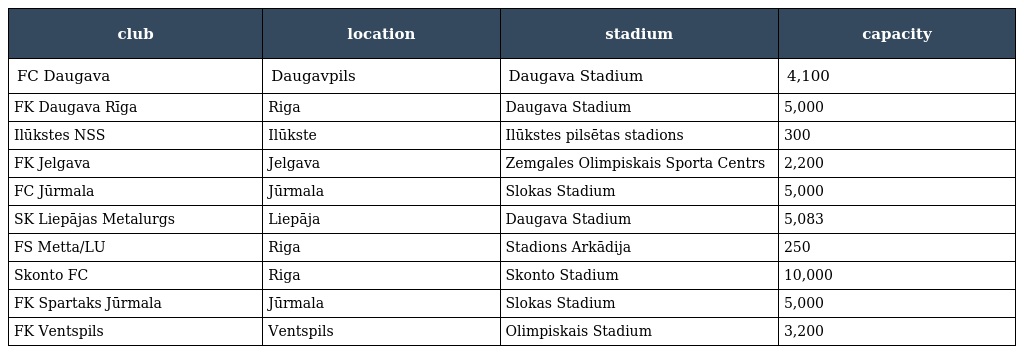
| club | location | stadium | capacity |
 | --- | --- | --- | --- |
 | FC Daugava | Daugavpils | Daugava Stadium | 4,100 |
 | FK Daugava Rīga | Riga | Daugava Stadium | 5,000 |
 | Ilūkstes NSS | Ilūkste | Ilūkstes pilsētas stadions | 300 |
 | FK Jelgava | Jelgava | Zemgales Olimpiskais Sporta Centrs | 2,200 |
 | FC Jūrmala | Jūrmala | Slokas Stadium | 5,000 |
 | SK Liepājas Metalurgs | Liepāja | Daugava Stadium | 5,083 |
 | FS Metta/LU | Riga | Stadions Arkādija | 250 |
 | Skonto FC | Riga | Skonto Stadium | 10,000 |
 | FK Spartaks Jūrmala | Jūrmala | Slokas Stadium | 5,000 |
 | FK Ventspils | Ventspils | Olimpiskais Stadium | 3,200 |